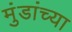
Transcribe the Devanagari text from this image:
मुंडांच्या